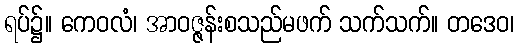
ရပ်၌။ ကေဝလံ၊ အာဝဇ္ဇန်းစသည်မဖက် သက်သက်။ တဒေဝ၊